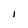
Character: I